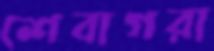
শেবাগরা